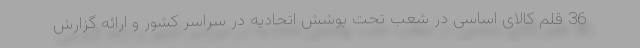
36 قلم کالای اساسی در شعب تحت پوشش اتحادیه در سراسر کشور و ارائه گزارش